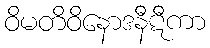
ဝိမတိဝိနောဒနီဋီကာ